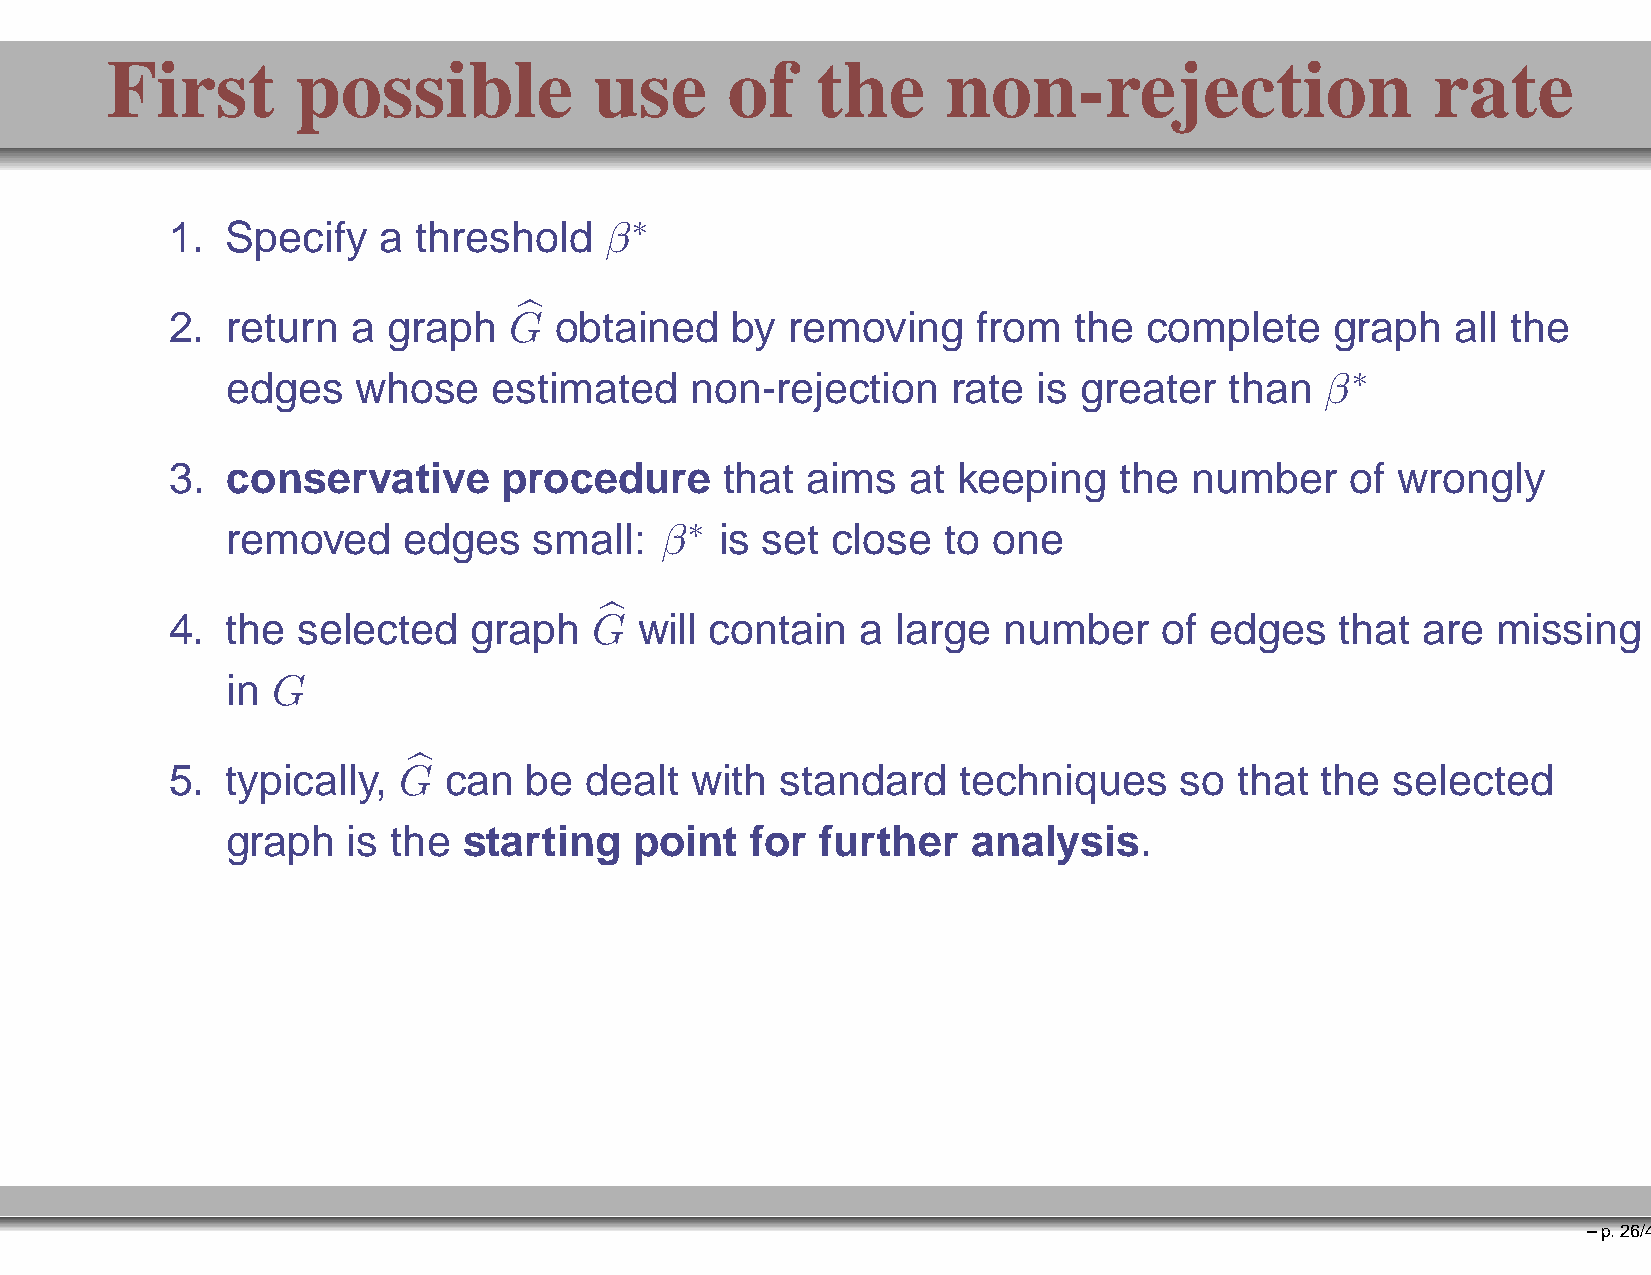
First        possible           use      of    the      non-rejection                   rate
 ∗
 1.  Specify   a threshold    β
 2.  return  a  graph   G  obtained   by  removing     from  the  complete    graph   all the
 ∗
 edges    whose    esbtimated   non-rejection    rate  is greater  than   β
 3.  conservative      procedure      that aims   at keeping    the  number    of wrongly
 ∗
 removed     edges   small:   β   is set close  to  one
 4.  the  selected   graph   G  will contain   a large  number     of edges    that are  missing
 in G                     b
 5.  typically, G  can   be  dealt  with  standard   techniques     so  that the  selected
 graph   is thbe starting   point   for further   analysis.
 –p.26/41